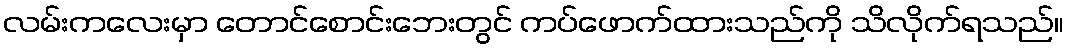
လမ်းကလေးမှာ တောင်စောင်းဘေးတွင် ကပ်ဖောက်ထားသည်ကို သိလိုက်ရသည်။